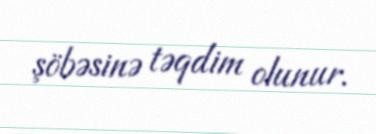
şöbəsinə təqdim olunur.